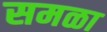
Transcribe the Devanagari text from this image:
समळा